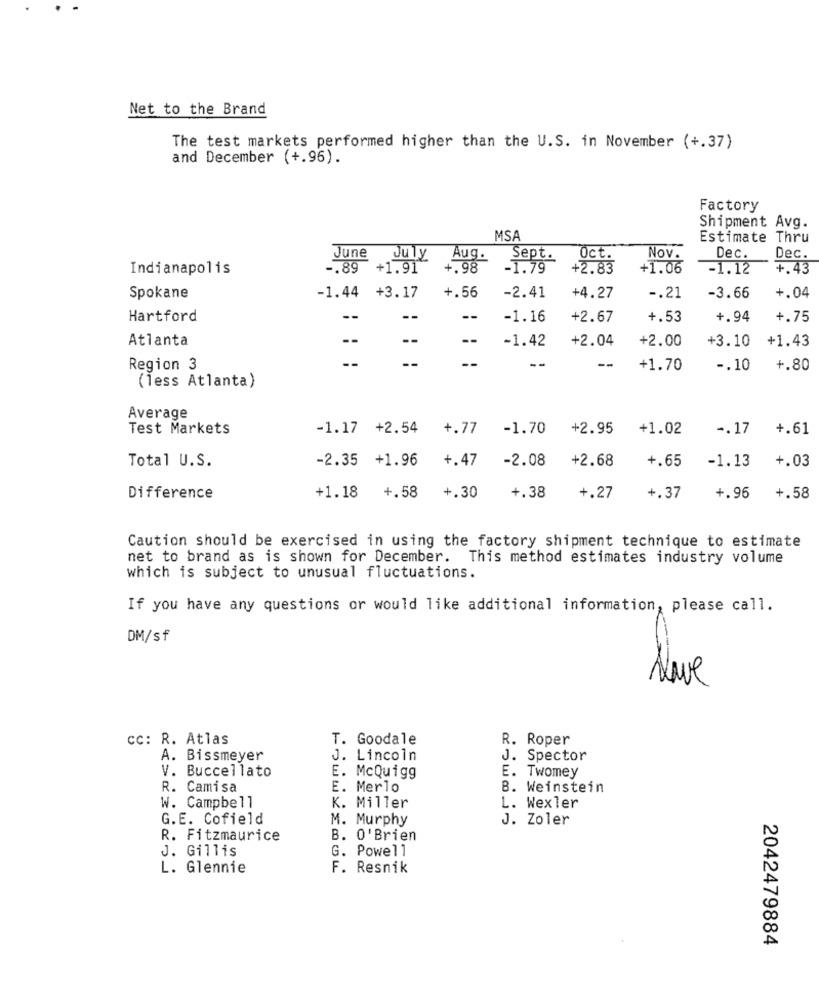
Net to the Brand
The test markets performed higher than the U.S. in November (+.37)
and December (+.96).
Factory
Shipment Avg.
MSA
Estimate Thru
June
July
Aug.
Sept.
Oct.
Nov.
Dec.
Dec.
Indianapolis
-. 89 +1.91
+.98
-. 79
+2.83
+1.06
-1.12
4.43
+.56
Spokane
-1.44 +3.17
-2.41
+4.27
-. 21
-3.66
+.04
Hartford
--
--
--
-1.16
+2.67
+.53
+.94
+.75
Atlanta
--
-1.42
+2.04
+2.00
+3.10 +1.43
--
--
--
Region 3
+1.70
-. 10
+.80
(less Atlanta)
Average
Test Markets
-1.17 +2.54
+.77
-1.70
+2.95
+1.02
-. 17
+.61
-2.35 +1.96
+.47
-2.08
+2.68
+.65
-1.13
Total U.S.
+.03
Difference
+1.18 +.58
+.30
+.38
+.27
+.37
+.96
+.58
Caution should be exercised in using the factory shipment technique to estimate
net to brand as is shown for December. This method estimates industry volume
which is subject to unusual fluctuations.
If you have any questions or would like additional information, please call.
DM/sf
Nave
cc: R. Atlas
T. Goodale
R. Roper
A. Bissmeyer
J. Lincoln
J. Spector
V. Buccellato
E. McQuigg
E. Twomey
R. Camisa
E. Merlo
B. Weinstein
W. Campbell
K. Miller
L. Wexler
G.E. Cofield
M. Murphy
J. Zoler
R. Fitzmaurice
B. O'Brien
J. Gillis
G. Powell
L. Glennie
F. Resnik
2042479884